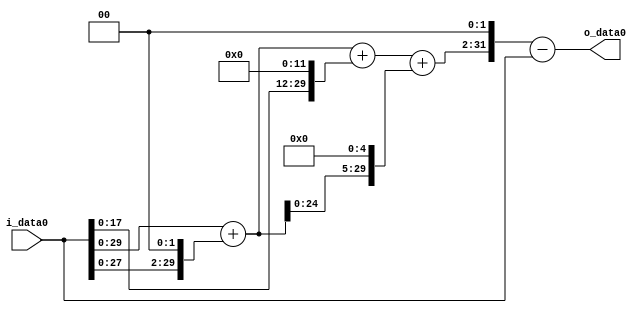
module multiplier_block (
    i_data0,
    o_data0
);

  // Port mode declarations:
  input   [31:0] i_data0;
  output  [31:0]
    o_data0;

  //Multipliers:

  wire [31:0]
    w1,
    w4,
    w5,
    w4096,
    w4101,
    w160,
    w4261,
    w17044,
    w17043;

  assign w1 = i_data0;
  assign w160 = w5 << 5;
  assign w17043 = w17044 - w1;
  assign w17044 = w4261 << 2;
  assign w4 = w1 << 2;
  assign w4096 = w1 << 12;
  assign w4101 = w5 + w4096;
  assign w4261 = w4101 + w160;
  assign w5 = w1 + w4;

  assign o_data0 = w17043;

  //multiplier_block area estimate = 7095.2112472853;
endmodule